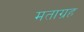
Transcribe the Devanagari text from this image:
मताग्रह